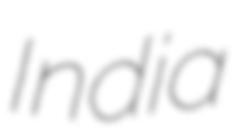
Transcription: India